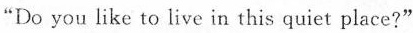
“Do you like to live in this quiet place?"